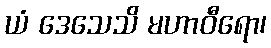
ယံ ဒေသေသိ မဟာဝီရော၊